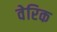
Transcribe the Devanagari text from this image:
वेरिक